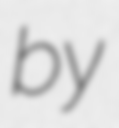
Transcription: by